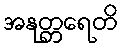
အနုတ္တရေတိ